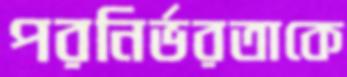
পরনির্ভরতাকে